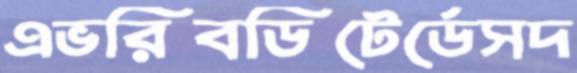
এভরিবডিটের্ডেসদ